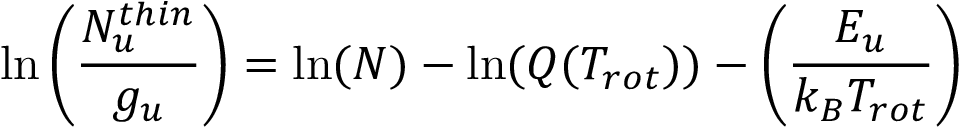
\ln \left( \frac { N _ { u } ^ { t h i n } } { g _ { u } } \right) = \ln ( N ) - \ln ( Q ( T _ { r o t } ) ) - \left( \frac { E _ { u } } { k _ { B } T _ { r o t } } \right)